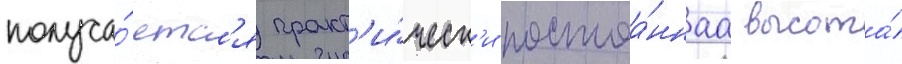
получа́етс'я практ'и́ческ'и постоа́ннаа высота́